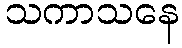
သကာသနေ